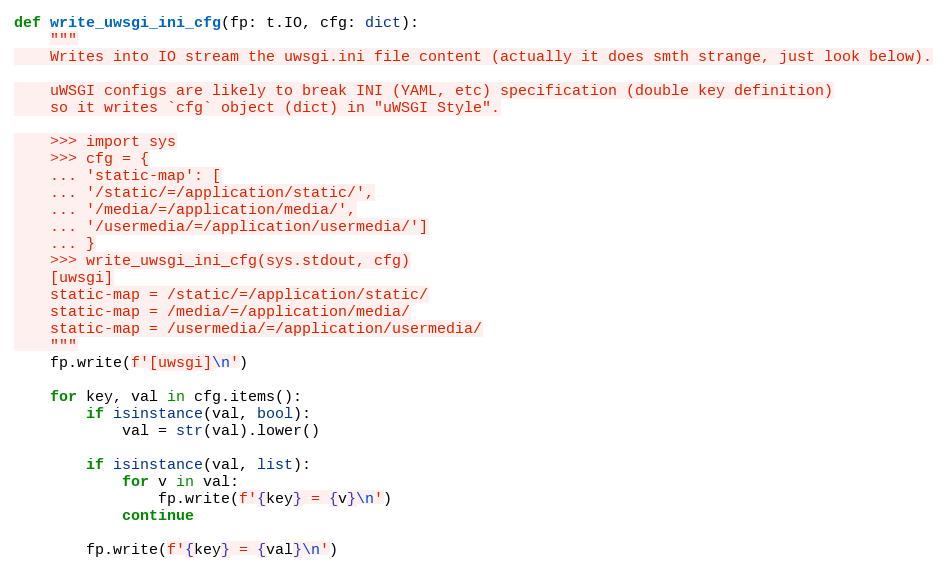
Language: Python
def write_uwsgi_ini_cfg(fp: t.IO, cfg: dict):
    """
    Writes into IO stream the uwsgi.ini file content (actually it does smth strange, just look below).

    uWSGI configs are likely to break INI (YAML, etc) specification (double key definition)
    so it writes `cfg` object (dict) in "uWSGI Style".

    >>> import sys
    >>> cfg = {
    ... 'static-map': [
    ... '/static/=/application/static/',
    ... '/media/=/application/media/',
    ... '/usermedia/=/application/usermedia/']
    ... }
    >>> write_uwsgi_ini_cfg(sys.stdout, cfg)
    [uwsgi]
    static-map = /static/=/application/static/
    static-map = /media/=/application/media/
    static-map = /usermedia/=/application/usermedia/
    """
    fp.write(f'[uwsgi]\n')

    for key, val in cfg.items():
        if isinstance(val, bool):
            val = str(val).lower()

        if isinstance(val, list):
            for v in val:
                fp.write(f'{key} = {v}\n')
            continue

        fp.write(f'{key} = {val}\n')